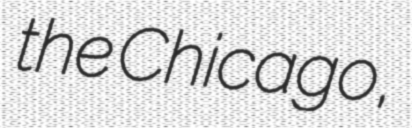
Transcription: the Chicago,